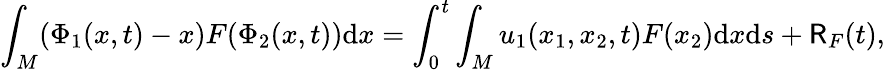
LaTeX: \int_{M}(\Phi_{1}(x,t)-x)F(\Phi_{2}(x,t))\mathrm{d}x=\int_{0}^{t}\int_{M}u_{1}(x_{1},x_{2},t)F(x_{2})\mathrm{d}x\mathrm{d}s+\mathsf{R}_{F}(t),